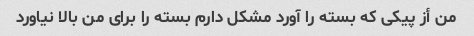
من أز پیکی که بسته را آورد مشکل دارم بسته را برای من بالا نیاورد